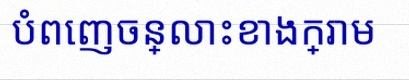
បំពេញចន្លោះខាងក្រោម